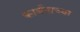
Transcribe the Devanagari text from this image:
कार्बनाच्या